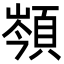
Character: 䫈